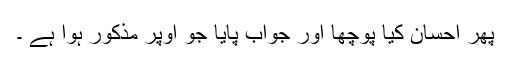
پھر احسان کیا پوچھا اور جواب پایا جو اوپر مذکور ہوا ہے ۔